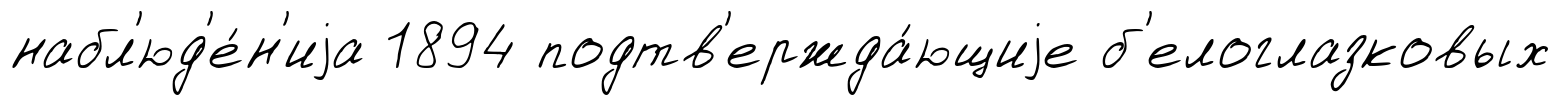
набл'юд'е́н'иjа 1894 подтв'ержда́ющиjе б'елоглазковых